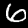
Digit: 6